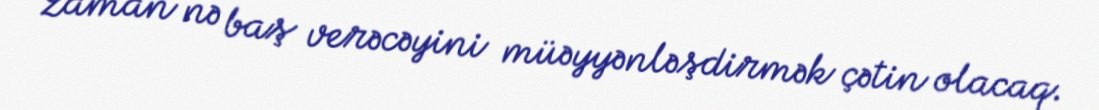
zaman nə baş verəcəyini müəyyənləşdirmək çətin olacaq.